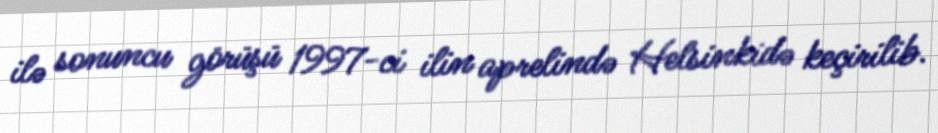
ilə sonuncu görüşü 1997-ci ilin aprelində Helsinkidə keçirilib.